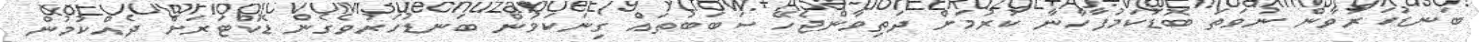
ބަނޑުހަރުވާން ނުވަތަ ބޮޑުކަމުފާހާނާ ކުރުމަށް ދަތިވާންޖެހޭ ސަބަބުތައް ގިނަކަމުން ބަނޑުހަރުވެގެން ޑޮކްޓަރަށް ދެއްކުމުން